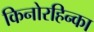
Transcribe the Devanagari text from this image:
किनोरहिन्का